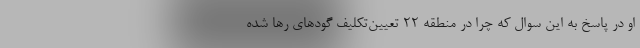
او در پاسخ به این سوال که چرا در منطقه ۲۲ تعیین‌تکلیف گودهای رها شده